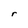
Character: r